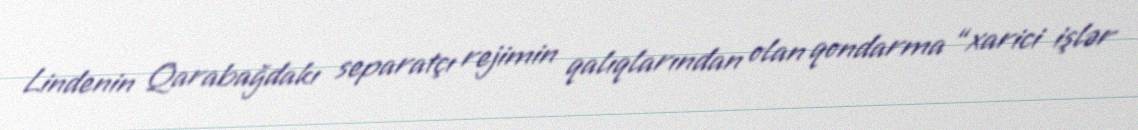
Lindenin Qarabağdakı separatçı rejimin qalıqlarından olan qondarma “xarici işlər